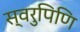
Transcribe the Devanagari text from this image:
स्वरुपिणि